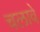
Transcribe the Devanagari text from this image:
चलावे